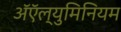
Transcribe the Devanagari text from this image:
अॅऍल्युमिनियम